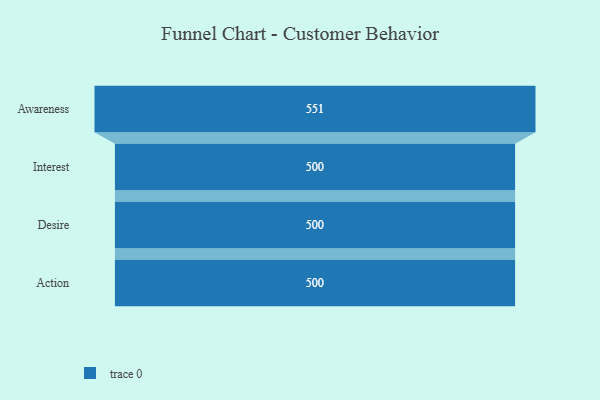
{"axis": {"x": "Stage", "y": "Value"}, "legend": [""], "data": [{"x": "Awareness", "y": 551.0, "type": ""}, {"x": "Interest", "y": 500, "type": ""}, {"x": "Desire", "y": 500, "type": ""}, {"x": "Action", "y": 500, "type": ""}]}